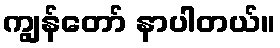
ကျွန်တော် နာပါတယ်။